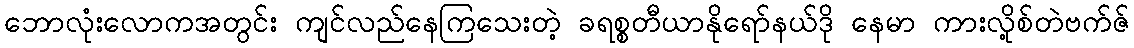
ဘောလုံးလောကအတွင်း ကျင်လည်နေကြသေးတဲ့ ခရစ္စတီယာနိုရော်နယ်ဒို နေမာ ကားလို့စ်တဲဗက်ဇ်